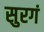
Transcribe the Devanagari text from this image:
सुरगं